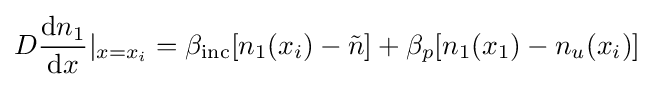
D{\frac {\mathrm {d} n_{1}}{\mathrm {d} x}}|_{x=x_{i}}=\beta _{\mathrm {inc} }[n_{1}(x_{i})-{\tilde {n}}]+\beta _{p}[n_{1}(x_{1})-n_{u}(x_{i})]